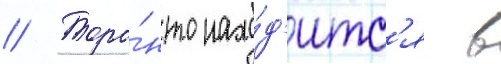
// Торо́нто нахо́д'итс'я в